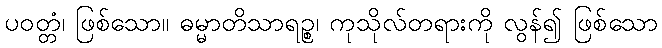
ပဝတ္တံ၊ ဖြစ်သော။ ဓမ္မာတိသာရဉ္စ၊ ကုသိုလ်တရားကို လွန်၍ ဖြစ်သော